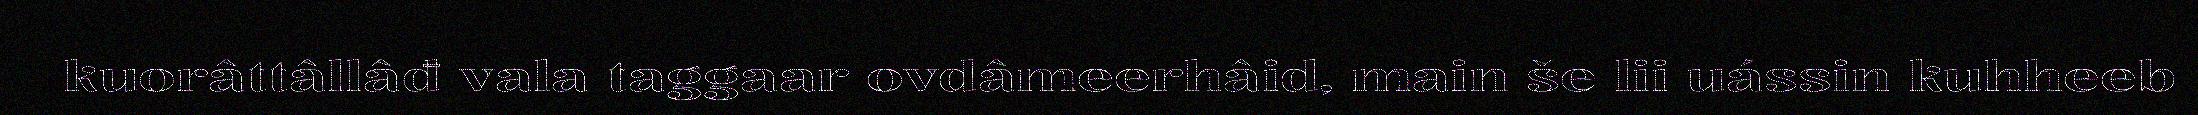
kuorâttâllâđ vala taggaar ovdâmeerhâid, main še lii uássin kuhheeb